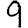
Digit: 9